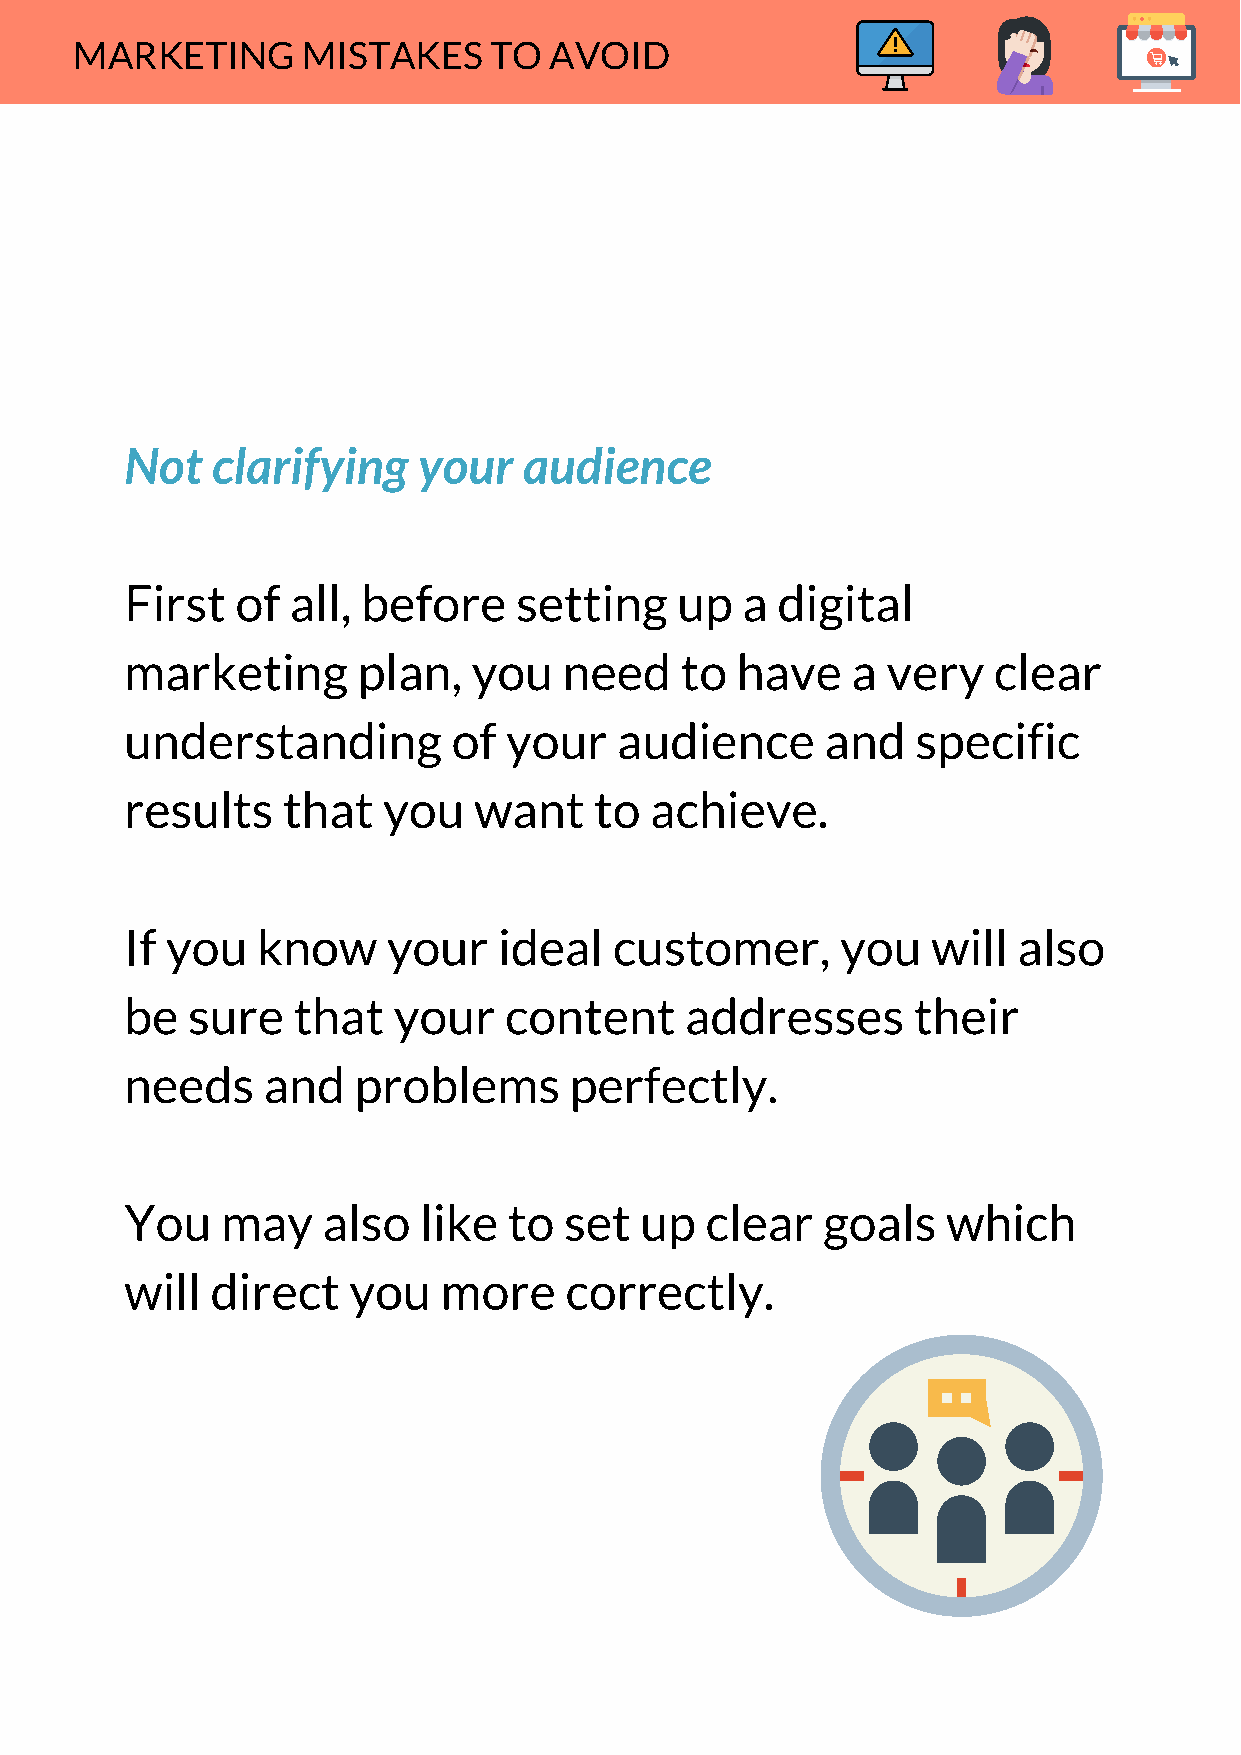
MARKETING      MISTAKES    TO  AVOID
 Not   clarifying    your   audience
 First   of all, before    setting    up  a digital
 marketing       plan,  you   need    to  have   a  very   clear
 understanding         of your    audience      and   specific
 results    that  you   want    to  achieve.
 If you   know     your   ideal   customer,      you   will also
 be  sure   that   your   content     addresses      their
 needs    and   problems       perfectly.
 You    may   also   like  to set  up   clear  goals    which
 will  direct   you   more    correctly.